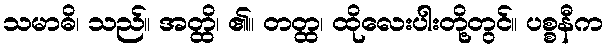
သမာဓိ၊ သည်။ အတ္ထိ၊ ၏။ တတ္ထ၊ ထိုလေးပါးတို့တွင်။ ပစ္စနီက